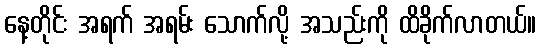
နေ့တိုင်း အရက် အရမ်း သောက်လို့ အသည်းကို ထိခိုက်လာတယ်။